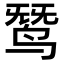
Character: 𬸓